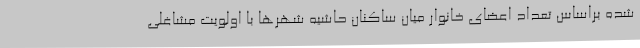
شده براساس تعداد اعضای خانوار میان ساکنان حاشیه شهرها با اولویت مشاغلی